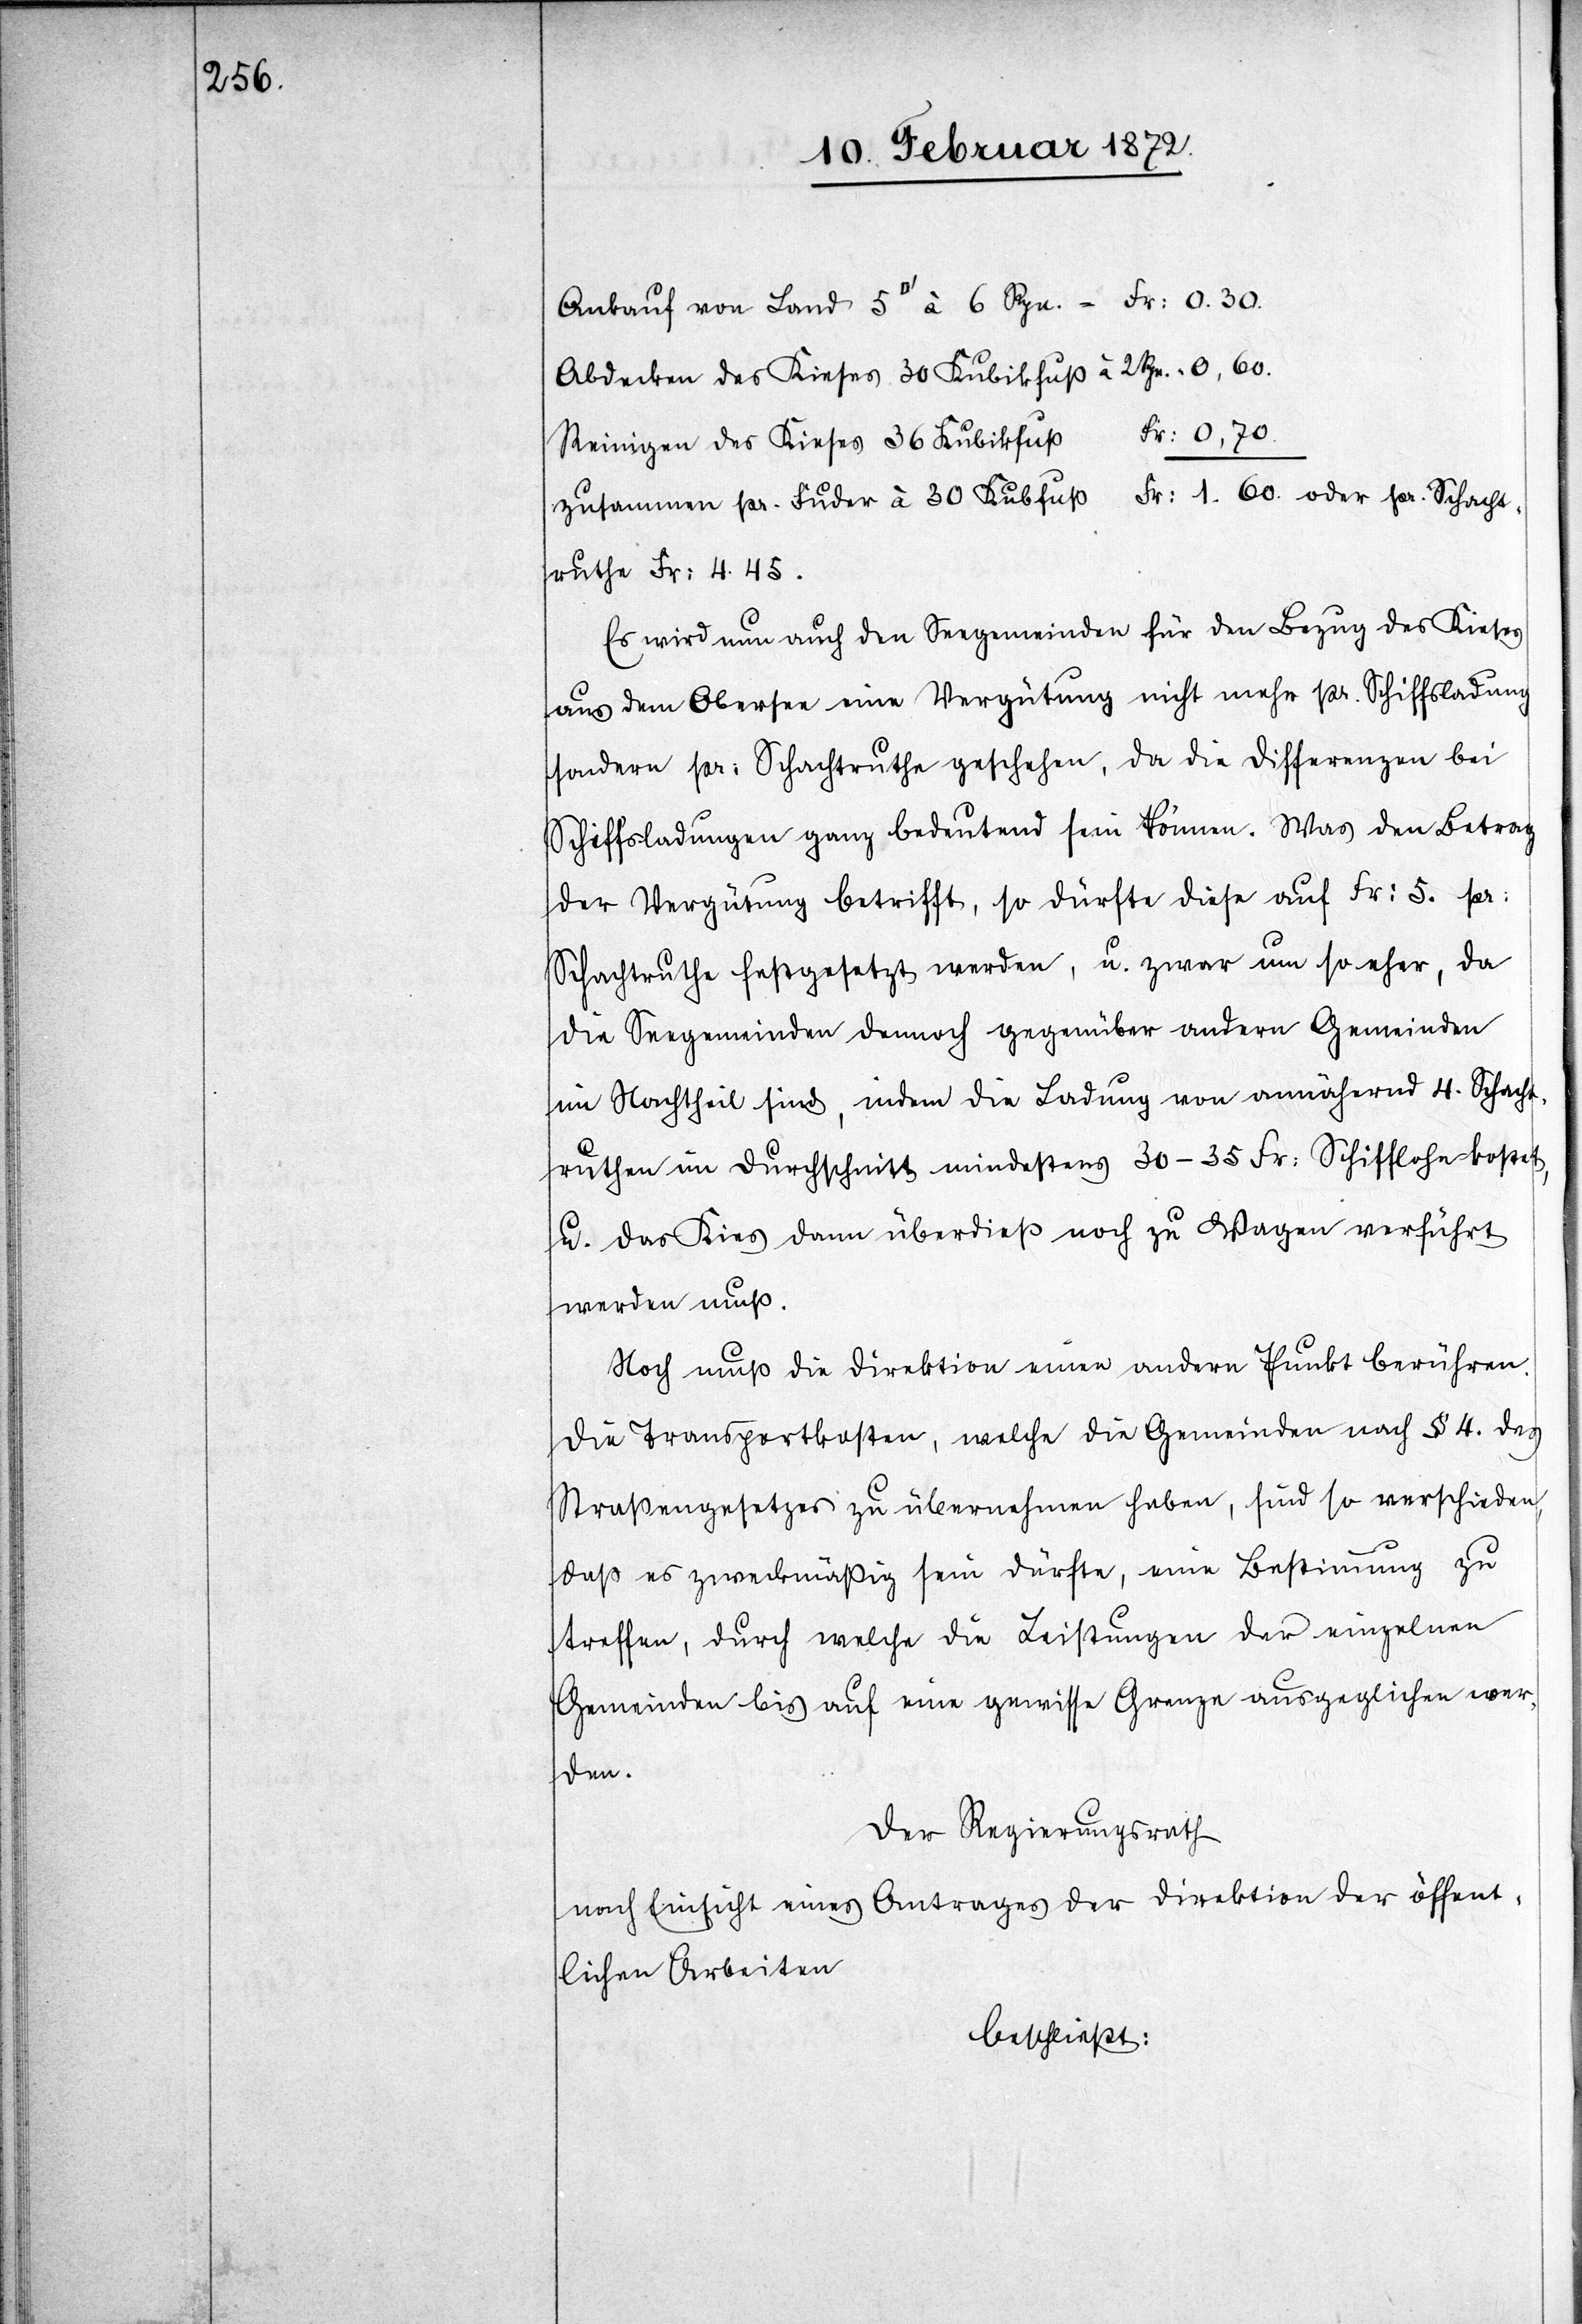
0.60.

Abdecken des Kieses 30 Kubikfuß à 2 Rpn.
Fr. 0.70.
Reinigen des Kieses 36 Kubikfuß
Fr. 1.60. oder pr. Schacht¬
zusammen pr. Fuder à 30 Kubikfuß
ruthe Fr. 4.45.
Es wird nun auch den Seegemeinden für den Bezug des Kieses
aus dem Obersee eine Vergütung nicht mehr pr. Schiffsladung
sondern pr. Schachtruthe geschehen, da die Differenzen bei
Schiffsladungen ganz bedeutend sein können. Was den Betrag
der Vergütung betrifft, so dürfte diese auf Fr. 5. pr.
Schachtruthe festgesetzt werden, u. zwar um so eher, da
die Seegemeinden demnach gegenüber andern Gemeinden
im Nachtheil sind, in dem die Ladung von annährend 4. Schacht¬
ruthen im Durchschnitt mindestens 30–35 Fr. Schifflohn kostet,
u. das Kies dann überdieß noch zu Wagen verführt
werden muß.
Noch muß die Direktion einen andern Punkt berühren.
Die Transportkosten, welche die Gemeinden nach § 4. des
Straßengesetzes zu übernehmen haben, sind so verschieden,
daß es zweckmäßig sein dürfte, eine Bestimmung zu
treffen, durch welche die Leistungen der einzelnen
Gemeinden bis auf eine gewisse Grenze ausgeglichen wer¬
den.
Der Regierungsrath
nach Einsicht eines Antrages der Direktion der öffent¬
lichen Arbeiten
beschließt: